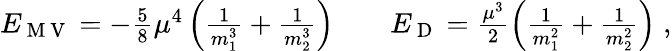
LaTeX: \begin{array}{rlr}{E_{\mathrm{~M~V~}}=-\frac{5}{8}\mu^{4}\left(\frac{1}{m_{1}^{3}}+\frac{1}{m_{2}^{3}}\right)}&{{}}&{E_{\mathrm{~D~}}=\frac{\mu^{3}}{2}\left(\frac{1}{m_{1}^{2}}+\frac{1}{m_{2}^{2}}\right)\; ,}\end{array}